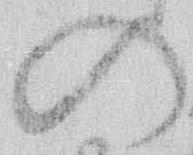
の